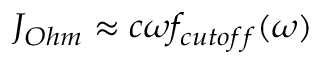
{ { J } _ { O h m } } \approx c \omega { { f } _ { c u t o f f } } ( \omega )